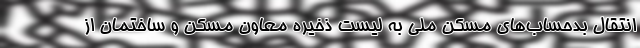
انتقال بدحساب‌های مسکن ملی به لیست ذخیره معاون مسکن و ساختمان از